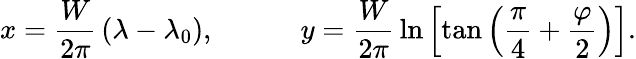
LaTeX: x={\frac{W}{2\pi}}\left(\lambda-\lambda_{0}\right),\qquad\quad y={\frac{W}{2\pi}}\ln\left[\tan\left({\frac{\pi}{4}}+{\frac{\varphi}{2}}\right)\right].